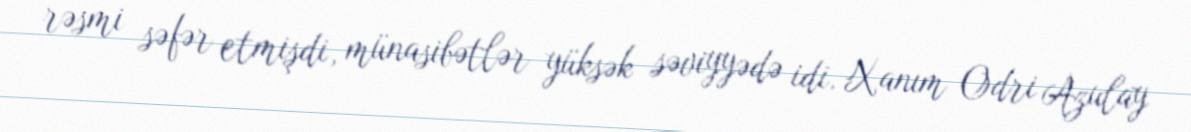
rəsmi səfər etmişdi, münasibətlər yüksək səviyyədə idi. Xanım Odri Azulay